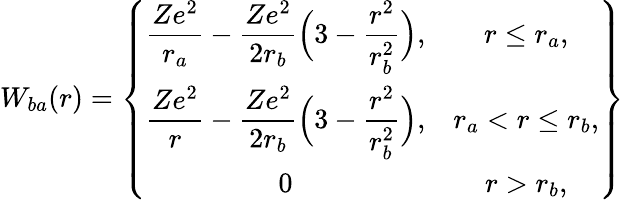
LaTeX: W_{ba}(r)=\left\{ \begin{array}{cc}{\displaystyle\frac{Ze^{2}}{r_{a}}-\frac{Ze^{2}}{2r_{b}}\Big(3-\frac{r^{2}}{r_{b}^{2}}\Big),}&{r\leq r_{a},}\\ {\displaystyle\frac{Ze^{2}}{r}-\frac{Ze^{2}}{2r_{b}}\Big(3-\frac{r^{2}}{r_{b}^{2}}\Big),}&{r_{a}<r\leq r_{b},}\\ {0}&{r>r_{b},}\end{array}\right\}